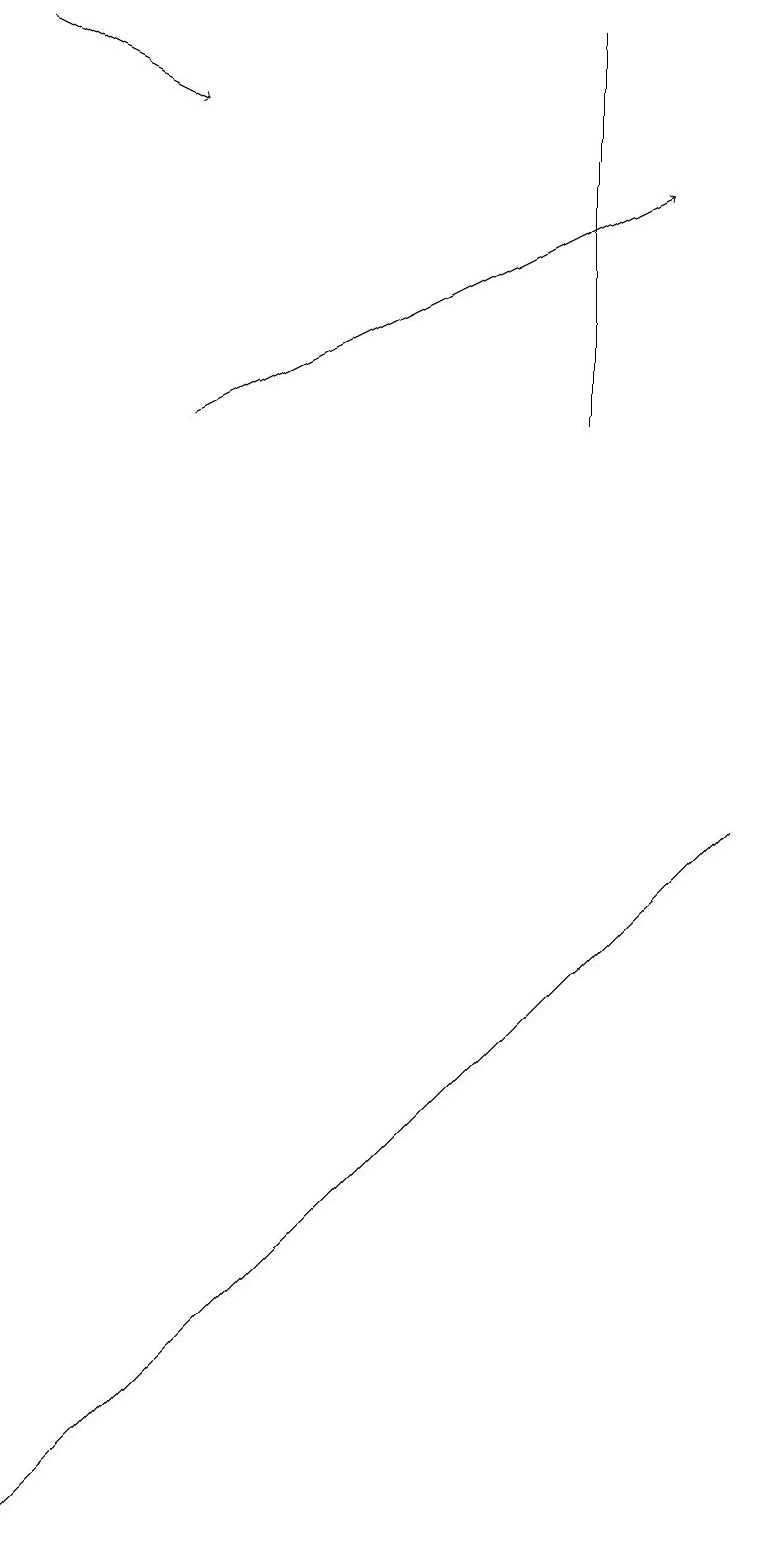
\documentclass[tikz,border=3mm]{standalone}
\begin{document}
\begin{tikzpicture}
\draw (7,14) rectangle (7,19);
\draw (9,9) -- (0,0) -- (3,3) -- cycle;
\draw[->] (2,14) -- (8,17);
\draw[->] (0,19) -- (2,18);
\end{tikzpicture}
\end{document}